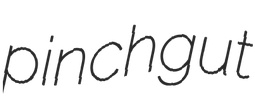
pinchgut